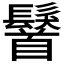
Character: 𩯢